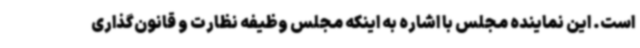
است. این نماینده مجلس با اشاره به اینکه مجلس وظیفه نظارت و قانون‌گذاری